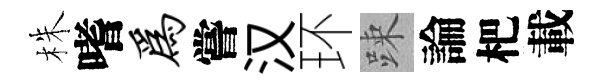
株嗜为嘗汉环踈論杷載